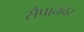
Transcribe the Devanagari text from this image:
सैपानवर